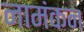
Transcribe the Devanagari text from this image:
नामंकन